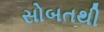
સોબતથી